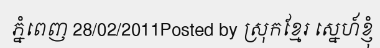
ភ្នំពេញ 28/02/2011Posted by ស្រុកខ្មែរ ស្នេហ៍ខ្ញុំ